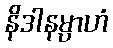
နိဒါနမ္ပာဟံ